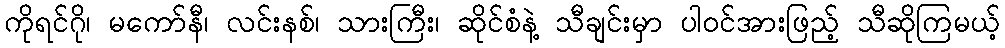
ကိုရင်ဂို၊ မကော်နီ၊ လင်းနစ်၊ သားကြီး၊ ဆိုင်စံနဲ့ သီချင်းမှာ ပါဝင်အားဖြည့် သီဆိုကြမယ့်